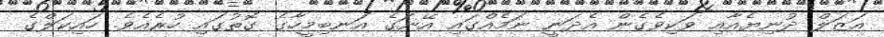
އަޒަލް ދުނިޔެއާއި ވަކިވެގެން އެދަނީ ނަމެއްގައި އޭނަގެ އަނބިމީހާގެ ގޮތުގައި ހުރެއެވެ. ހައިކަލްގެ